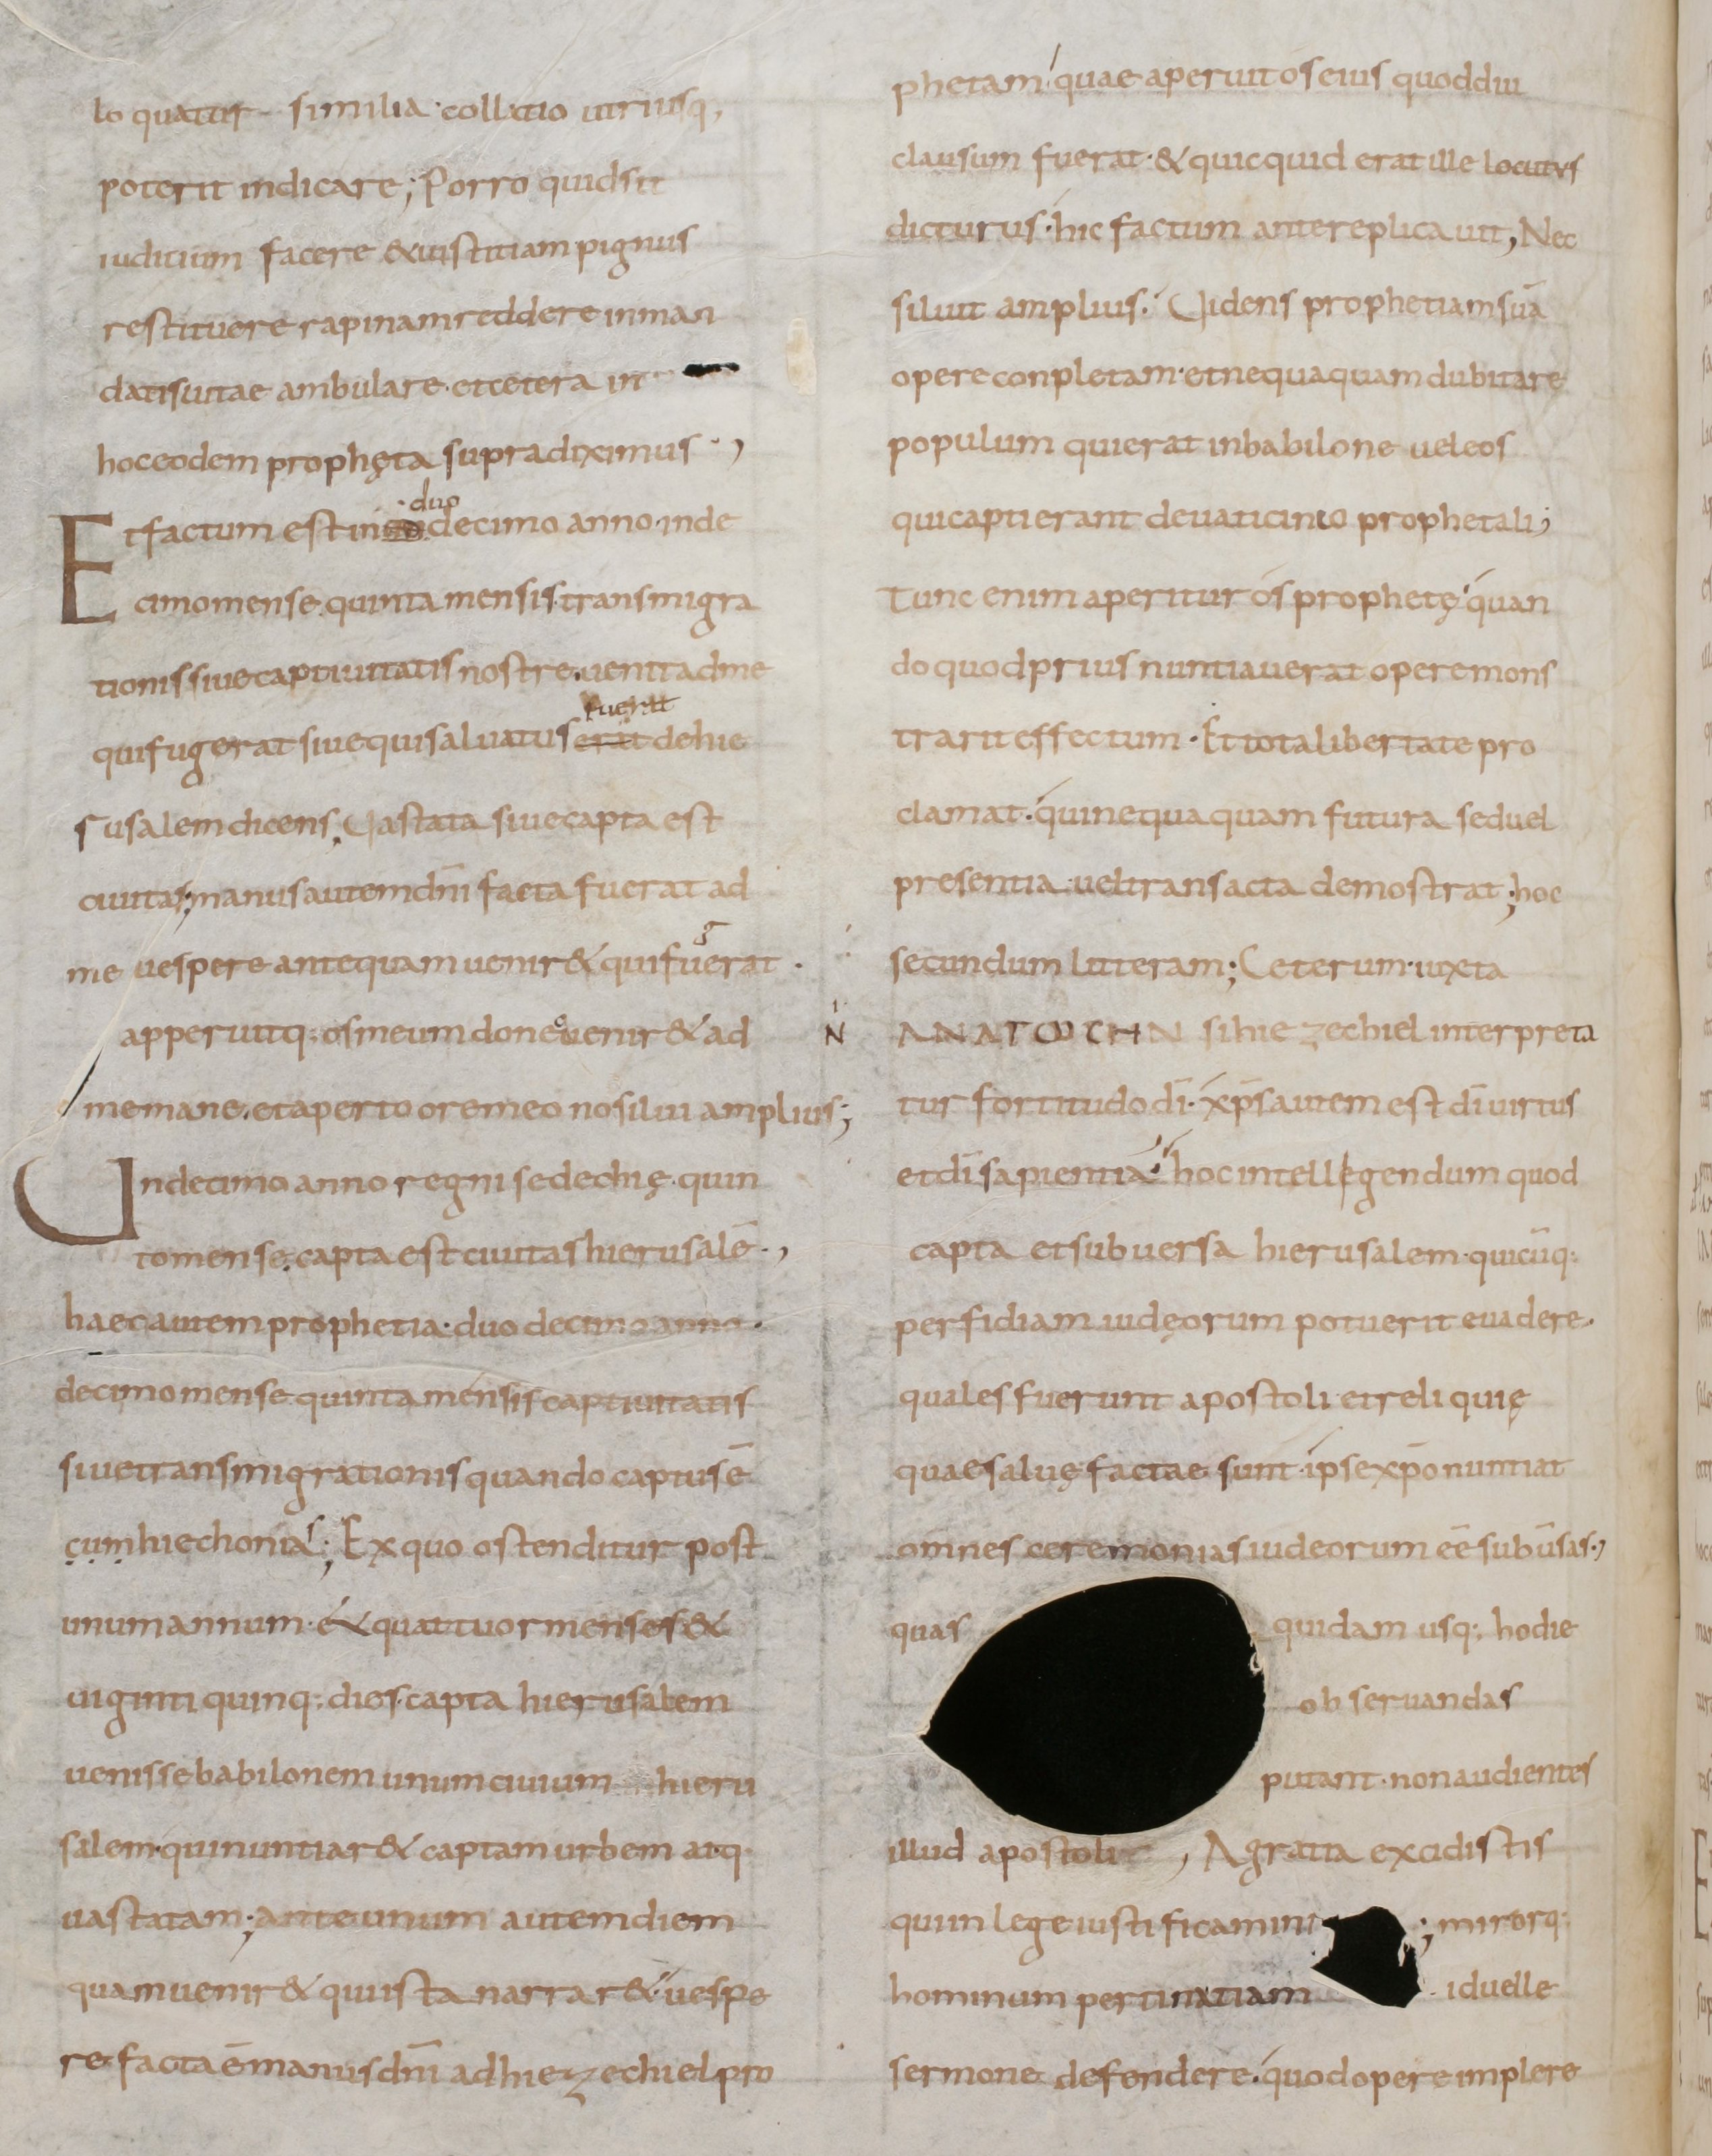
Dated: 800–899